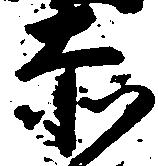
赤